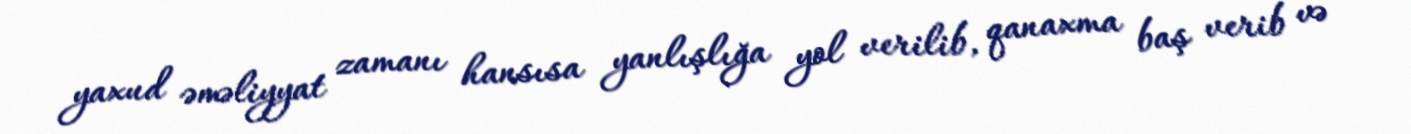
yaxud əməliyyat zamanı hansısa yanlışlığa yol verilib, qanaxma baş verib və